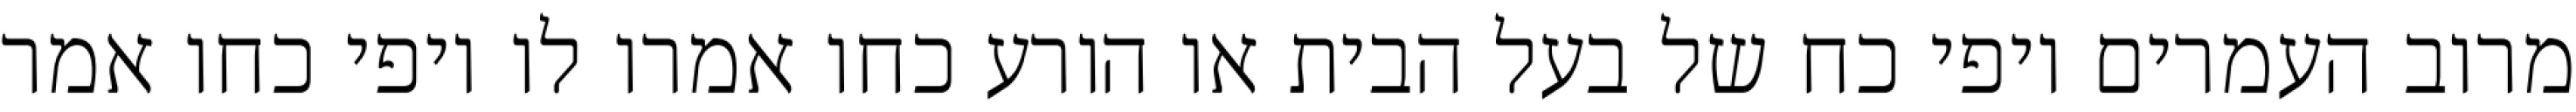
מרוב העמרים יופי כח של בעל הבית או הורע כחו אמרו לו יופי כחו אמר